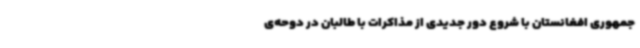
جمهوری افغانستان با شروع دور جدیدی از مذاکرات با طالبان در دوحه‌ی